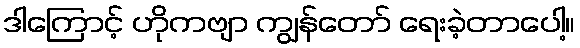
ဒါကြောင့် ဟိုကဗျာ ကျွန်တော် ရေးခဲ့တာပေါ့။